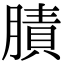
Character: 𦟜